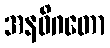
အနဓိဂတော